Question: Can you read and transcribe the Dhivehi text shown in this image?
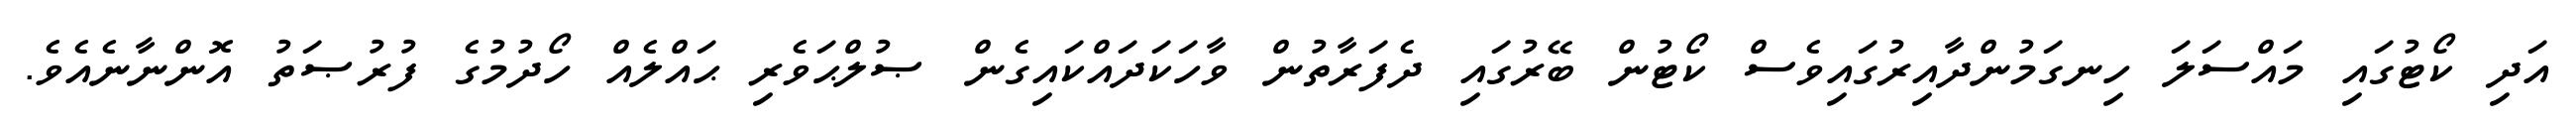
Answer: އަދި ކޯޓުގައި މައްސަލަ ހިނގަމުންދާއިރުގައިވެސް ކޯޓުން ބޭރުގައި ދެފަރާތުން ވާހަކަދައްކައިގެން ޞުލްޙަވެރި ޙައްލެއް ހޯދުމުގެ ފުރުޞަތު އޮންނާނެއެވެ.